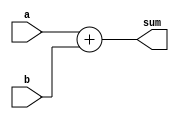
`timescale 1ns / 1ns

module adder(input [31 : 0]a, b, output [31 : 0]sum);

assign sum = a + b;

endmodule

module MUX_2_To_1(input[31 : 0]input_0, input_1, input select, output[31 : 0]selected_output);

assign selected_output = select ? input_1 : input_0;

endmodule

module MUX_2_To_1_5_bit(input[4 : 0]input_0, input_1, input select, output[4 : 0]selected_output);

assign selected_output = select ? input_1 : input_0;

endmodule

module MUX_2_To_1_11_bit(input[10 : 0]input_0, input_1, input select, output[10 : 0]selected_output);

assign selected_output = select ? input_1 : input_0;

endmodule

module MUX_3_To_1(input[31 : 0]input_0, input_1, input_2, input[1 : 0]select, output[31 : 0]selected_output);

assign selected_output = (select == 2'b10) ? input_2 : 
                         (select == 2'b01) ? input_1 : 
                          input_0;
endmodule

module ALU(input [31 : 0]A, B ,input [2:0]ALU_operation ,output reg [31 : 0]ALU_Result, output reg zero);

always @(ALU_operation or A or B) begin
    case(ALU_operation)
	0: //ADD
	   ALU_Result = A + B;
	1: //SUB
	   ALU_Result = A - B;
	2: //AND
	   ALU_Result = A && B;
	3: //OR
	   ALU_Result = A || B;
	4: //SLT
           ALU_Result = (A < B) ? 1 : 0;
     endcase
end

always @(ALU_Result) begin
    if(ALU_Result == 0)
       zero = 1;
    else
       zero = 0;
end

endmodule

module Data_Memory(input clk, Mem_Read, Mem_Write, input [31 : 0]Address, Write_Data, Read_Data);

reg  [31 : 0] data_memory [0 : 1023];
wire [9 : 0] Memory_Address;

assign Memory_Address = Address[11 : 2];

initial begin 
$readmemh("C:/Users/HP/Dropbox/PC/Desktop/Data_inputs.txt", data_memory);
end

always @(negedge clk) begin
if(Mem_Write)
   data_memory[Memory_Address] = Write_Data;
end

assign Read_Data = (Mem_Read == 1) ? data_memory[Memory_Address] : 32'b0;

always @(posedge clk) begin
$writememh("C:/Users/HP/Dropbox/PC/Desktop/Data_Memory.txt", data_memory);
end
	
endmodule

module Instruction_Memory(input [31 : 0]Address_of_Instruction, output[31 : 0]Instruction);

reg [31:0] instruction_memory [0 : 1023];

initial begin
$readmemh("C:/Users/HP/Dropbox/PC/Desktop/Instructions.txt", instruction_memory);
end

assign Instruction = instruction_memory[Address_of_Instruction >> 2];

endmodule

module Register_File(input clk, Reg_Write, input [4 : 0]Read_Register1, Read_Register2, Write_Register, input [31 : 0]Write_Data, output [31 : 0]Read_Data1, Read_Data2);

reg [31 : 0] Register [0 : 31];

integer k;
initial begin 
for(k = 0; k < 32; k = k + 1)
   Register[k] = 32'b0;
end

always @(posedge clk) begin

if(Reg_Write == 1) 
   Register[Write_Register] = Write_Data;

end

assign Read_Data1 = Register[Read_Register1];
assign Read_Data2 = Register[Read_Register2];

endmodule 

module PC(input clk, PC_Write, input [31 : 0]PC_input, output reg[31 : 0]PC_output);

initial begin 
PC_output = 32'b0;
end

always@(posedge clk) begin 
if(PC_Write == 1)
   PC_output = PC_input;
end

endmodule